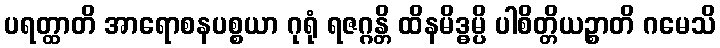
ပရတ္ထာတိ အာရောစနပစ္စယာ ဂုရုံ ရဇဂ္ဂန္တိ ထိနမိဒ္ဓမ္ပိ ပါစိတ္တိယဉ္စာတိ ဂမေသိ